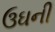
ઉઘની